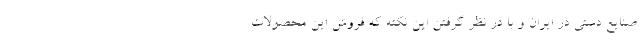
صنایع دستی در ایران و با در نظر گرفتن این نکته که فروش این محصولات